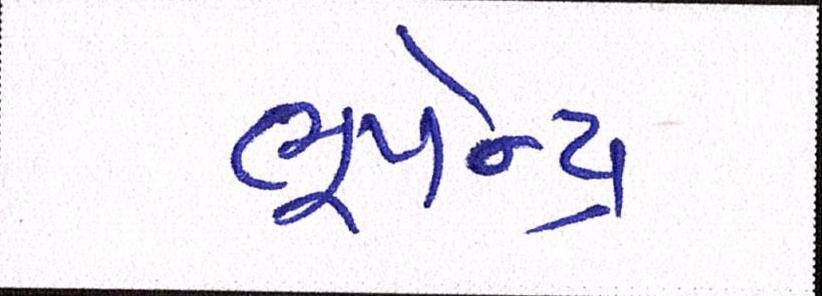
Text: ભૂપેન્દ્ર